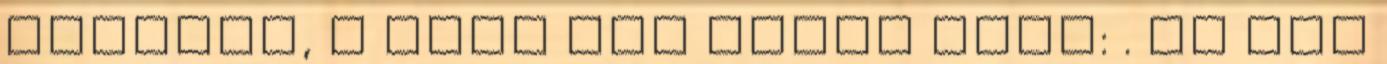
vásárba, a múlt évi ilyen volt: . Na nem